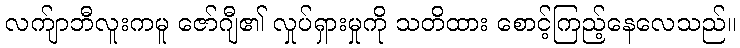
လက်ျာဘီလူးကမူ ဇော်ဂျီ၏ လှုပ်ရှားမှုကို သတိထား စောင့်ကြည့်နေလေသည်။